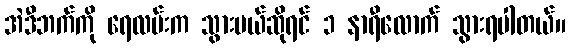
အဲဒီဘက်ကို ရေလမ်းက သွားမယ်ဆိုရင် ၁ နာရီလောက် သွားရပါတယ်။